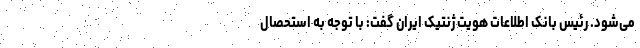
می‌شود. رئیس بانک اطلاعات هویت ژنتیک ایران گفت: با توجه به استحصال